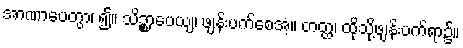
အာဏာပေတွာ၊ ၍။ သိဉ္စာပေယျ၊ ဖျန်းပက်စေအံ့။ တတ္ထ၊ ထိုသို့ဖျန်းပက်ရာ၌။